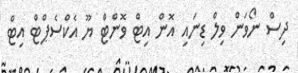
ދިސް ނޯވަން ވިލް ޑިނައި އޮން އިޓް ވޮންޓް ޔޫ އެކްސެޕްޓް އިޓް